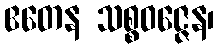
ဧတေန သစ္စဝဇ္ဇေန၊